Vaccination United Provinces of Agra and Oudh 1914-1922 - 1914-1922
Year: 1914
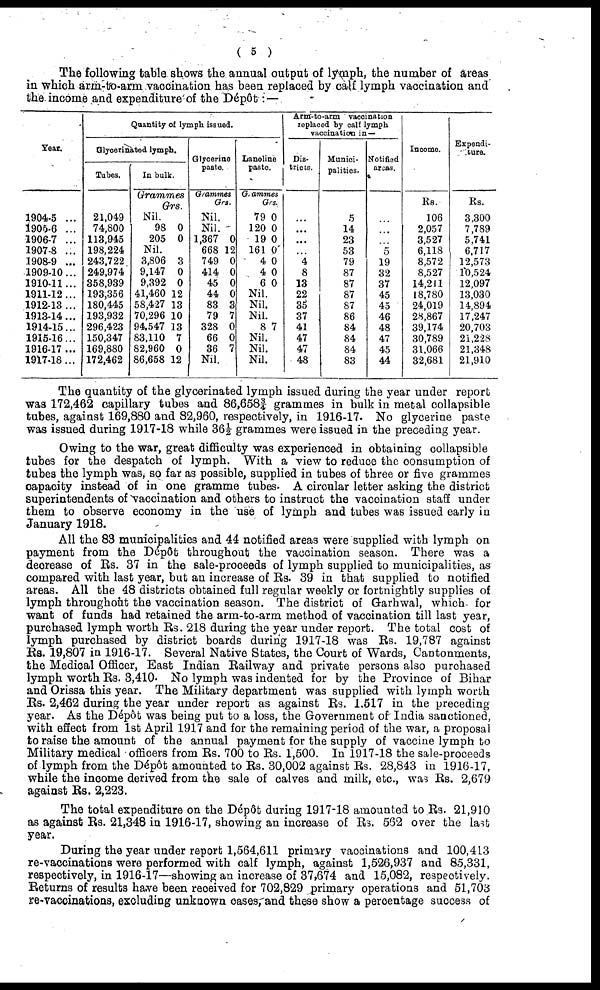
( 5 )
The following table shows the annual output of lymph, the number of areas
in which arm-to-arm vaccination has been replaced by calf lymph vaccination and
the income and expenditure of the Dépôt: —
Year.
1904-5 ...
1905-6 ...
1906-7 ...
1907-8 ...
1908-9 ...
1909-10...
1910-11...
1911-12...
1912-13...
1913-14...
1914-15...
1915-16...
1916-17 ...
1917-18...
Quantity of lymph issued.
Glycerinated lymph.
Tubes.
21,049
74,800
113,945
198,224
243,722
249,974
358,939
193,356
180,445
193,932
296,423
150,347
169,880
172,462
In bulk.
Grammes
Grs.
Nil.
98
205
0
0
Nil.
3,806
9,147
9,392
41,460
58,427
70,296
94,547
83,110
82,960
86,658
3
0
0
12
13
10
13
7
0
12
Glycerine
paste.
Grammes
Grs.
Nil.
Nil.
1,367
668
749
414
45
44
83
79
328
66
36
0
12
0
0
0
0
3
7
0
0
7
Nil.
Lanoline
paste.
Grammes
Grs
79
120
19
161
4
4
6
0
0
0
0
0
0
0
Nil.
Nil.
Nil.
8 7
Nil.
Nil.
Nil.
Arm-to-arm vaccination
replaced by calf lymph
vaccination in —
Dis-
tricts.
...
...
...
...
4
8
13
22
35
37
41
47
47
48
Munici-
palities.
5
14
23
53
79
87
87
87
87
86
84
84
84
83
Notified
areas.
...
...
...
5
19
32
37
45
45
46
48
47
45
44
Income.
Rs.
106
2,057
3,527
6,118
8,572
8,527
14,211
18,780
24,019
28,867
39,174
30,789
31,066
32,681
Expendi¬
ture.
Rs.
3,300
7,789
5,741
6,717
12,573
10,524
12,097
13,030
14,894
17,247
20,703
21,228
21,348
21,910
The quantity of the glycerinated lymph issued during the year under report
was 172,462 capillary tubes and 86,658¾ grammes in bulk in metal collapsible
tubes, against 169,880 and 82,960, respectively, in 1916-17. No glycerine paste
was issued during 1917-18 while 36½ grammes were issued in the preceding year.
Owing to the war, great difficulty was experienced in obtaining collapsible
tubes for the despatch of lymph. With a view to reduce the consumption of
tubes the lymph was, so far as possible, supplied in tubes of three or five grammes
capacity instead of in one gramme tubes. A circular letter asking the district
superintendents of vaccination and others to instruct the vaccination staff under
them to observe economy in the use of lymph and tubes was issued early in
January 1918.
All the 83 municipalities and 44 notified areas were supplied with lymph on
payment from the Dépôt throughout the vaccination season. There was a
decrease of Rs. 37 in the sale-proceeds of lymph supplied to municipalities, as
compared with last year, but an increase of Rs. 39 in that supplied to notified
areas. All the 48 districts obtained full regular weekly or fortnightly supplies of
lymph throughout the vaccination season. The district of Garhwal, which for
want of funds had retained the arm-to-arm method of vaccination till last year,
purchased lymph worth Rs. 218 during the year under report. The total cost of
lymph purchased by district boards during 1917-18 was Rs. 19,787 against
Rs. 19,807 in 1916-17. Several Native States, the Court of Wards, Cantonments,
the Medical Officer, East Indian Railway and private persons also purchased
lymph worth Rs. 3,410. No lymph was indented for by the Province of Bihar
and Orissa this year. The Military department was supplied with lymph worth
Rs. 2,462 during the year under report as against Rs. 1,517 in the preceding
year. As the Dépôt was being put to a loss, the Government of India sanctioned,
with effect from 1st April 1917 and for the remaining period of the war, a proposal
to raise the amount of the annual payment for the supply of vaccine lymph to
Military medical officers from Rs. 700 to Rs. 1,500. In 1917-18 the sale-proceeds
of lymph from the Depôt amounted to Rs. 30,002 against Rs. 28,843 in 1916-17,
while the income derived from the sale of calves and milk, etc., was Rs. 2,679
against Rs. 2,223.
The total expenditure on the Dépôt during 1917-18 amounted to Rs. 21,910
as against Rs. 21,348 in 1916-17, showing an increase of Rs. 562 over the last
year.
During the year under report 1,564,611 primary vaccinations and 100,413
re-vaccinations were performed with calf lymph, against 1,526,937 and 85,331,
respectively, in 1916-17—showing an increase of 37,674 and 15,082, respectively.
Returns of results have been received for 702,829 primary operations and 51,703
re-vaccinations, excluding unknown cases, and these show a percentage success of